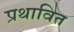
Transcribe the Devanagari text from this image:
प्रथावित